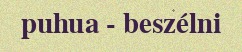
puhua - beszélni